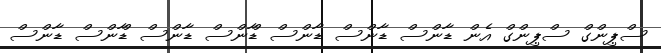
ސްޕިންގް ސްޕިންގް އެން ޑާންސް ޑާންސް ޑާންސް ޑާްންސް ޑާންސް ޑާްންސް ޑާންސް